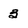
Character: 3